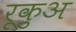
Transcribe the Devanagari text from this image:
रूकुअ